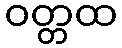
ဝတ္တထ